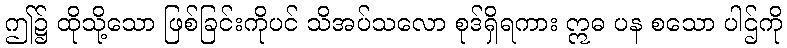
ဤ၌ ထိုသို့သော ဖြစ်ခြင်းကိုပင် သိအပ်သလော စုဒ်ရှိရကား ဣဓ ပန စသော ပါဌ်ကို